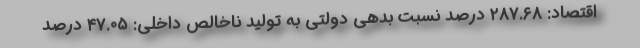
اقتصاد: ۲۸۷.۶۸ درصد نسبت بدهی دولتی به تولید ناخالص داخلی: ۴۷.۰۵ درصد